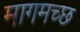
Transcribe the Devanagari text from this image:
मागमच्छ